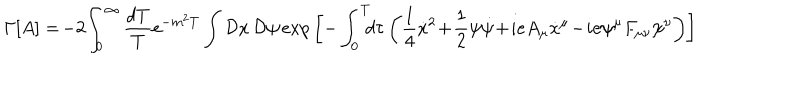
\Gamma \lbrack A \rbrack = \! - 2 \! \int _ { 0 } ^ { \infty } { \frac { d T } { T } } \mathrm { e } ^ { - m ^ { 2 } T } \int { \cal D } x \, { \cal D } \psi \, \mathrm { e x p } \left[ - \int _ { 0 } ^ { T } \! \! \! d \tau \left( { \frac { 1 } { 4 } } { \dot { x } } ^ { 2 } \! + \! { \frac { 1 } { 2 } } \psi \dot { \psi } \! + \! i e A _ { \mu } \dot { x } ^ { \mu } \! - \! i e \psi ^ { \mu } F _ { \mu \nu } \psi ^ { \nu } \right) \right] \nonumber \,